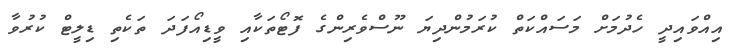
އިއްވައިދީ ހެދުމަށް މަސައްކަތް ކުރަމުންދިޔަ ނޫސްވެރިންގެ ފޮޓޯތަކާއި ވީޑިއޯފަދަ ތަކެތި ޑިލީޓް ކުރުވާ